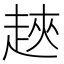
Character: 𧻵